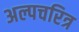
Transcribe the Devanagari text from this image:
अल्पचरित्र